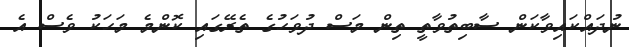
ނުދައްކައިވާކަން ސާބިތުވާތީ ތިން މަސް ދުވަހުގެ ތެރޭގައި ކޮންމެ މަހަކު ވެސް އެ